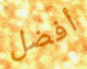
أفضل